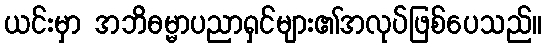
ယင်းမှာ အဘိဓမ္မာပညာရှင်များ၏အလုပ်ဖြစ်ပေသည်။